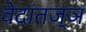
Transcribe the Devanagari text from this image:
वेदांतज्ञ